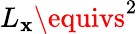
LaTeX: L_{\mathbf{x}}\equivs^{2}